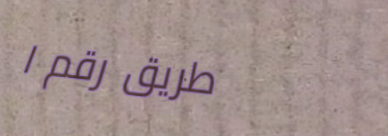
طريق رقم ١